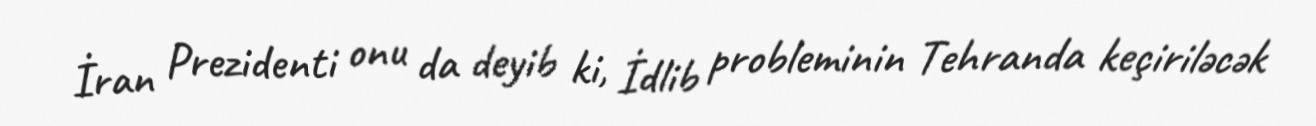
İran Prezidenti onu da deyib ki, İdlib probleminin Tehranda keçiriləcək